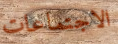
الاجتماعات